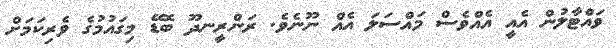
ވައްޓާލުން އެއީ އެއްވެސް މައްސަލަ އެއް ނޫނެވެ. ރަންރީނދޫ ބޮޑޭ މިގައުމުގެ ވެރިކަމަށް